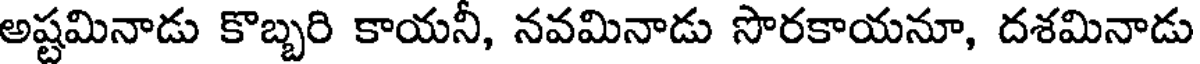
అష్టమినాడు కొబ్బరి కాయనీ, నవమినాడు సొరకాయనూ, దశమినాడు